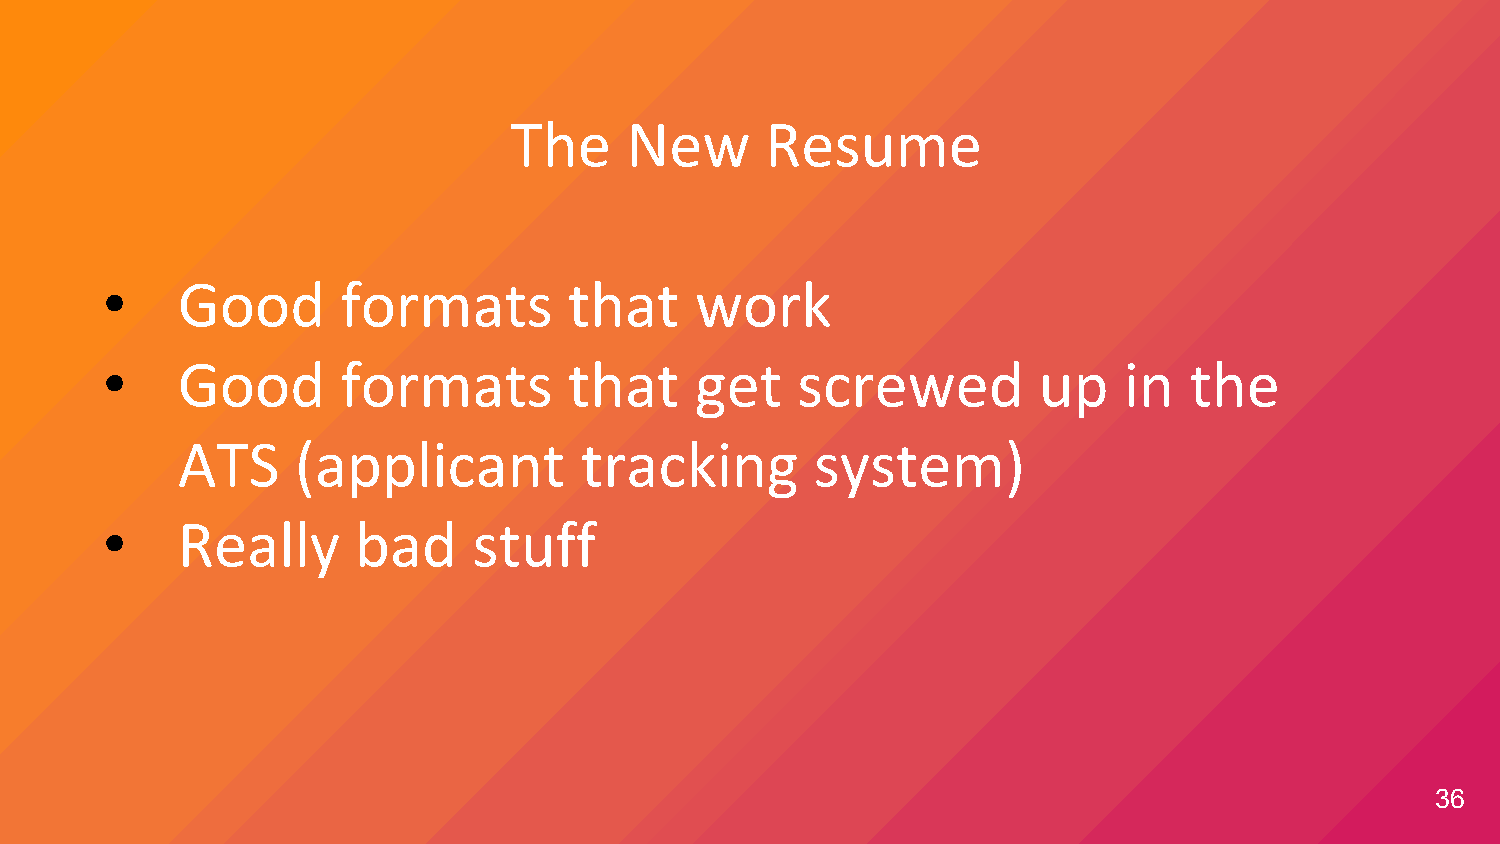
The    New       Resume
 •    Good       formats        that    work
 •    Good       formats        that    get    screwed         up   in   the
 ATS     (applicant        tracking        system)
 •    Really      bad    stuff
 36